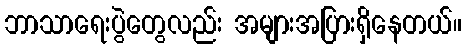
ဘာသာရေးပွဲတွေလည်း အများအပြားရှိနေတယ်။